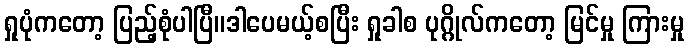
ရှုပုံကတော့ ပြည့်စုံပါပြီ။ဒါပေမယ့်စပြီး ရှုခါစ ပုဂ္ဂိုလ်ကတော့ မြင်မှု ကြားမှု